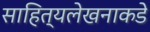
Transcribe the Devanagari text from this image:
साहित्यलेखनाकडे